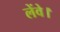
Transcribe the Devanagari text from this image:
लेंवे।